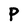
Character: P